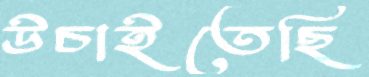
উচাইতেছি